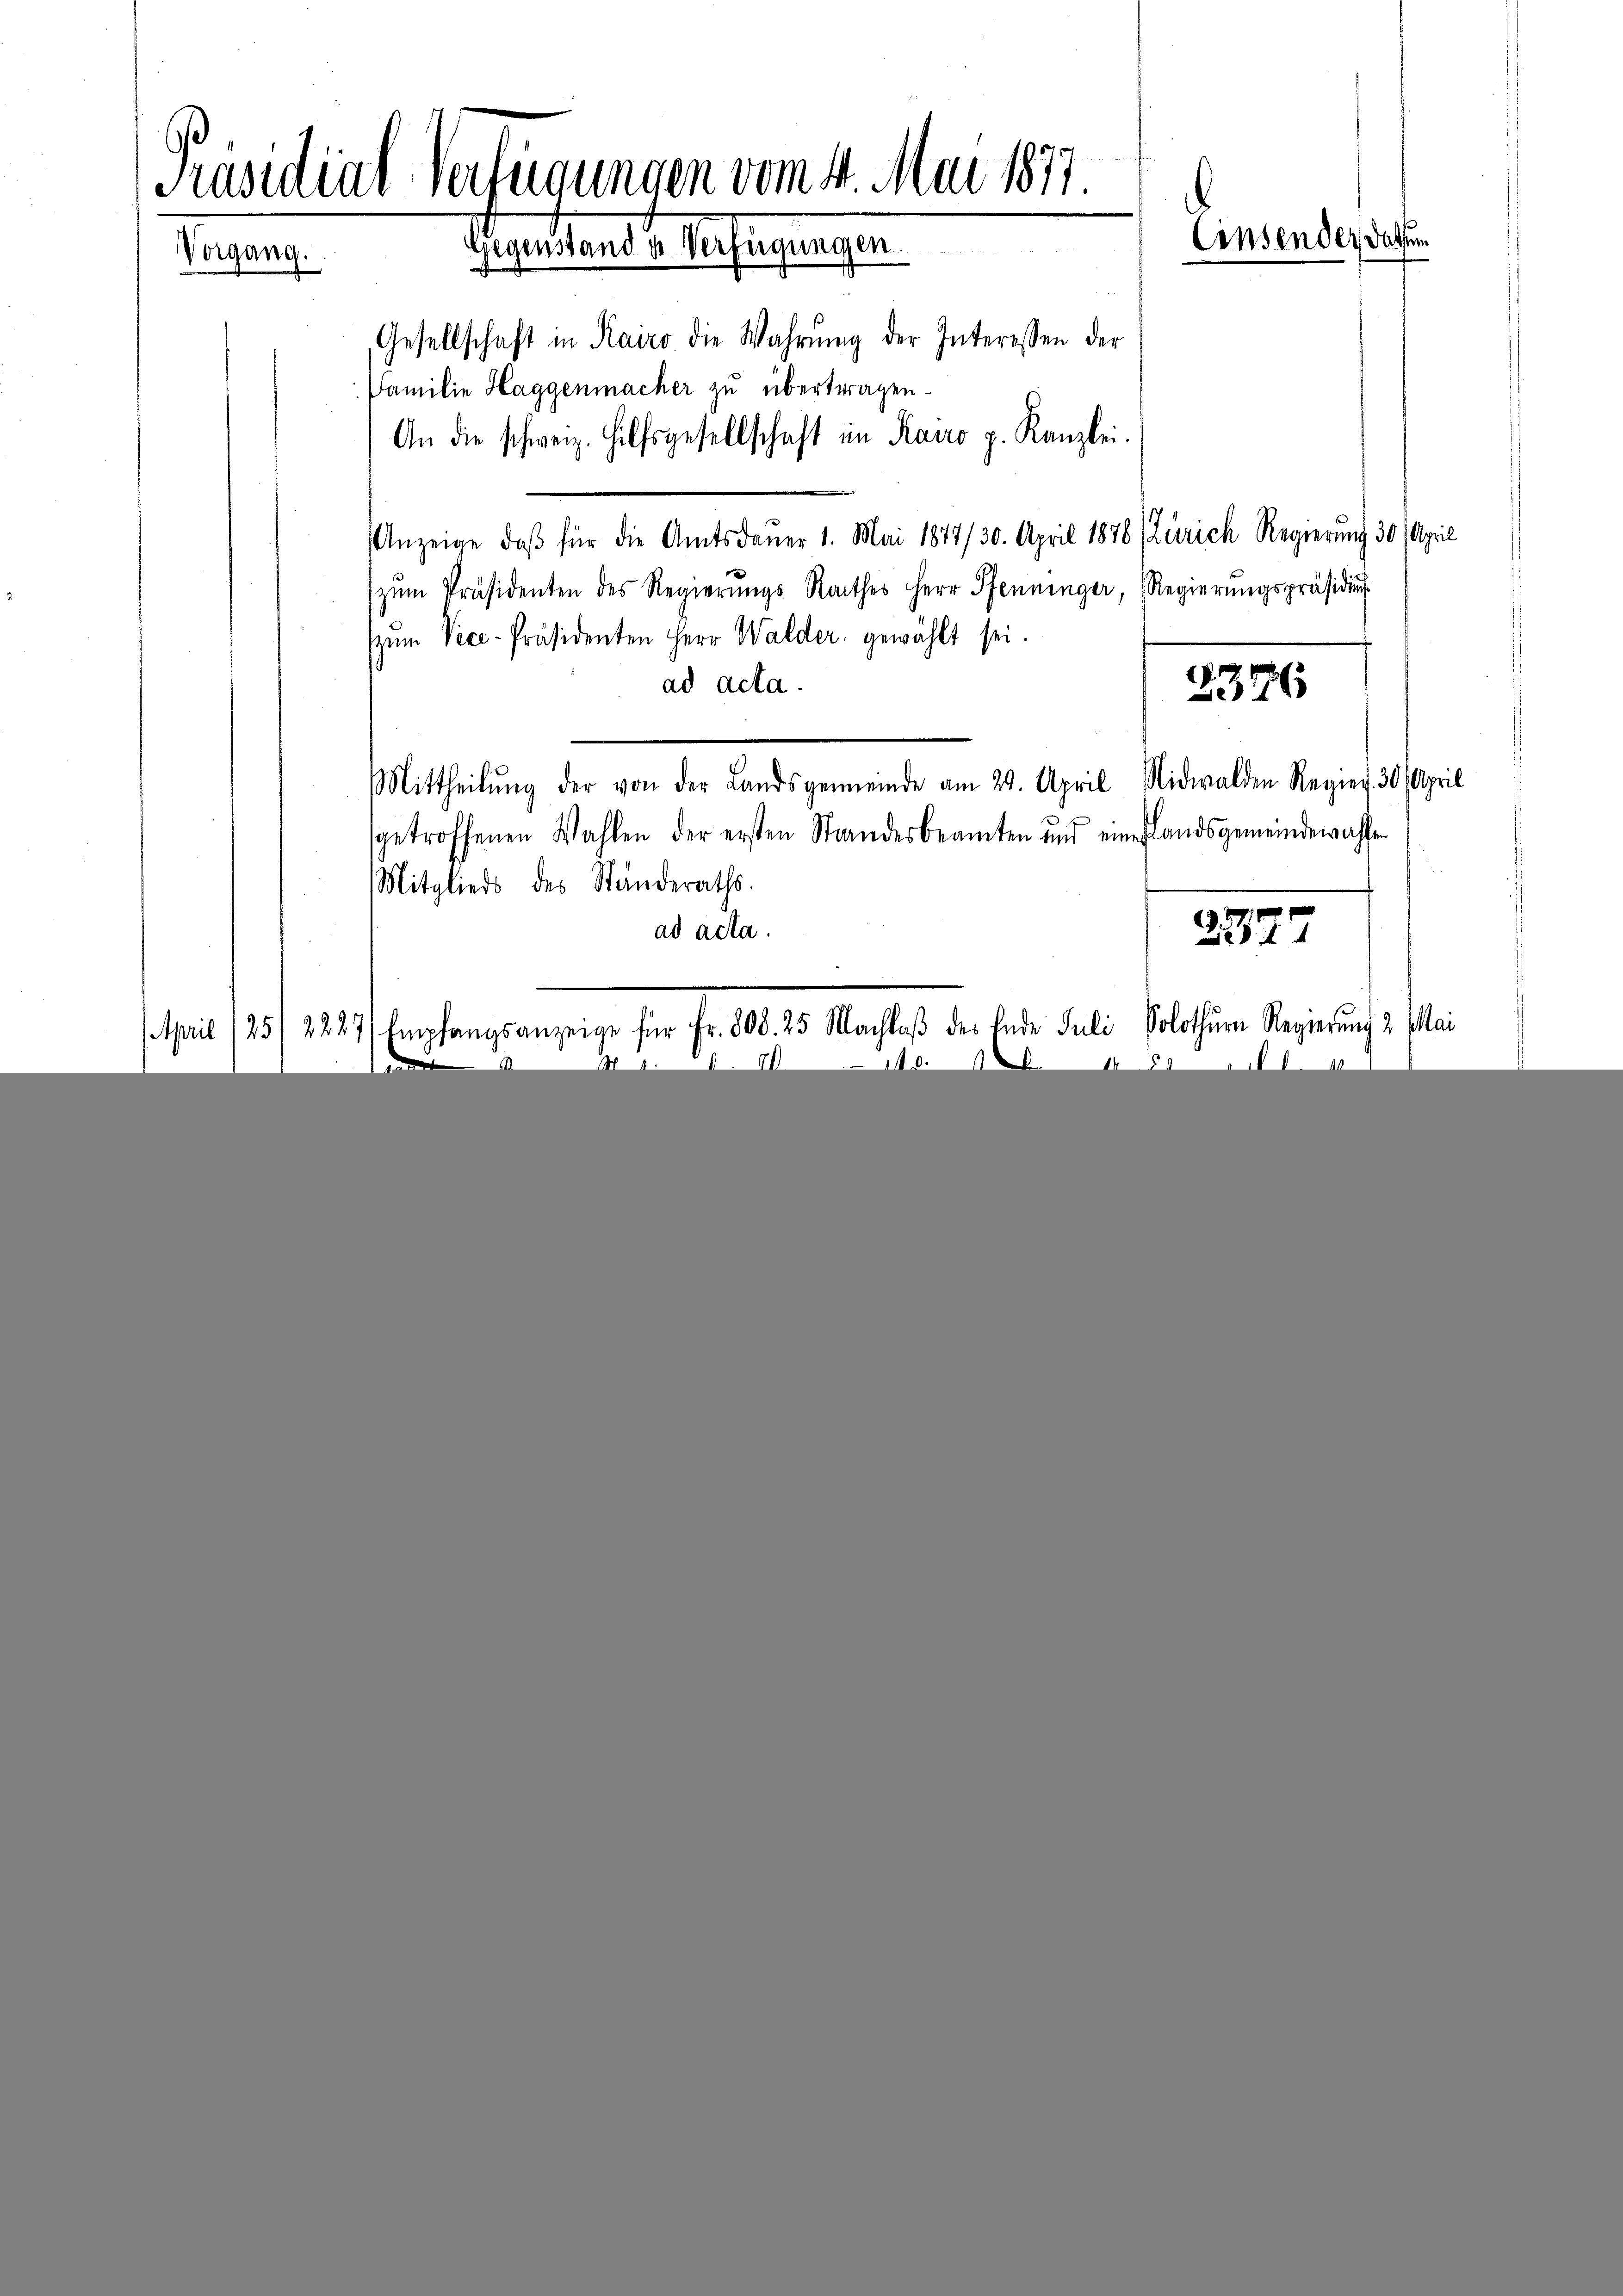
Präsidial-Verfügungen vom 4. Mai 1877
.
Einsender Datum
Gegenstander Verfügungen.
Inter
Gesellschaft in Kairo die Wahrŭng der Interessen der

Familie Haggenmacher zu übertragen.
An die schweiz. Hilfsgesellschaft im Kairo p. Kanzlei.
Anzeige, daβ für die Amtsdauer 1. Mai 1877/30. April 1878 Zürich Regierung 30. April
zŭm Präsidenten des Regierŭngs Rathes Herr Pfenninger, Regierŭngspräsidiŭ
zŭm Vice-Präsidenten Herr Walder gewählt sei.
ad acta.
2376
Nidwalden Regier. 30. April
Mittheilŭng der von der Landsgemeinde am 29. April
sgetroffenen Wahlen der ersten Standesbeamten und eine Landsgemeindewaffen
Mitglieds des Ständeraths.
ad acta.
277
April 125/2227/ Empfangsanzeige für Fr. 508. 25. Nachlaβ des Ende Juli, Solothurn Regierung 2 Mai
0
1